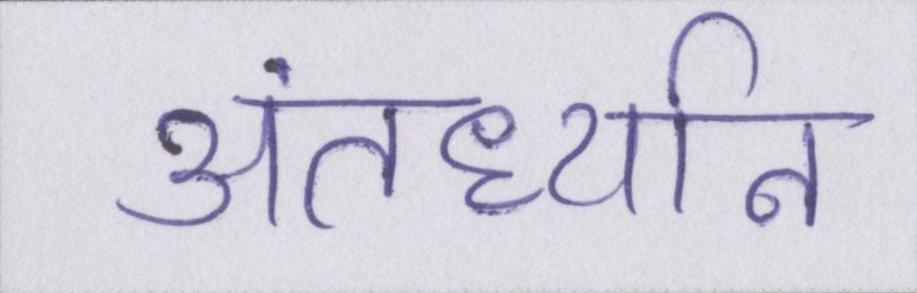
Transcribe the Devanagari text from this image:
अंतर्ध्यान